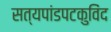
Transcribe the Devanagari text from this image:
सत्यपांडपटकुविंद